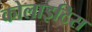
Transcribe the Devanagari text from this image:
कोलाइटिस